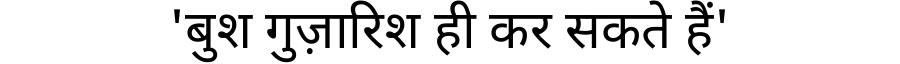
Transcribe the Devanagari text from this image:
'बुश गुज़ारिश ही कर सकते हैं'